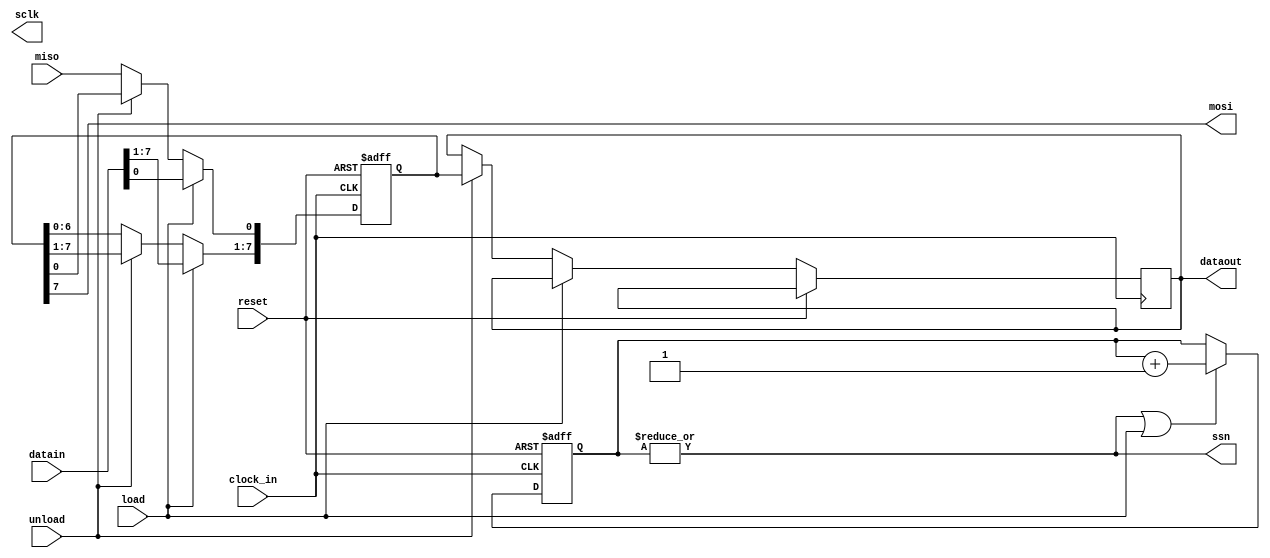
module spi_master (
  reset,
  clock_in,
  load,
  unload,
  datain,
  dataout,
  sclk,
  miso,
  mosi,
  ssn
);

  input reset, clock_in, miso, load, unload;
  input [7:0] datain;
  output [7:0] dataout;
  output sclk, mosi, ssn;

  wire int_clk;
  reg [7:0] datareg, dataout;
  reg [2:0] cntreg;

  assign mosi = datareg[7];
  assign ssn = |cntreg;

  always @(posedge clock_in or posedge reset) begin
    if (reset) begin
      datareg  <= 8'h00;
    end else if (load) begin
      datareg <= datain;
    end else if (unload) begin
      dataout <= datareg;
    end else begin
      datareg <= datareg << 1;
      datareg[0] <= miso;
    end
  end

  always @(posedge clock_in or posedge reset) begin
    if (reset) begin
      cntreg  <= 3'h0;
    end else if (ssn || load) begin
      cntreg  <= cntreg + 1;
    end
  end

endmodule